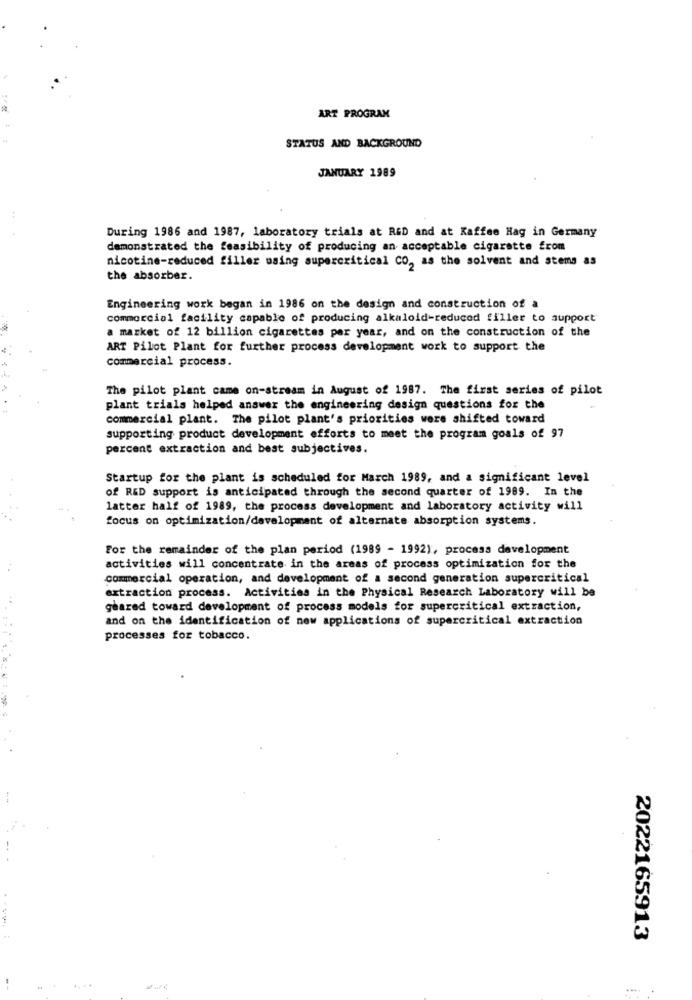
ART PROGRAM
STATUS AND BACKGROUND
JANUARY 1989
During 1986 and 1987, laboratory trials at RED and at Kaffee Hag in Germany
demonstrated the feasibility of producing an acceptable cigarette from
nicotine-reduced filler using supercritical CO, as the solvent and stems as
the absorber.
Engineering work began in 1986 on the design and construction of a
commercial facility capable of producing alkaloid-reduced filler to support
a market of 12 billion cigarettes per year, and on the construction of the
ART Pilot Plant for further process development work to support the
commercial process.
The pilot plant came on-stream in August of 1987. The first series of pilot
plant trials helped answer the engineering design questions for the
commercial plant. The pilot plant's priorities wore shifted toward
supporting product development efforts to meet the program goals of 97
percent extraction and best subjectives.
Startup for the plant is scheduled for March 1989, and a significant level
of RED support is anticipated through the second quarter of 1989. In the
latter half of 1989, the process development and laboratory activity will
focus on optimization/development of alternate absorption systems.
For the remainder of the plan period (1989 - 1992), process development
activities will concentrate in the areas of process optimization for the
commercial operation, and development of a second generation supercritical
extraction process. Activities in the Physical Research Laboratory will be
geared toward development of process models for supercritical extraction,
and on the identification of new applications of supercritical extraction
processes for tobacco.
2022165913